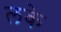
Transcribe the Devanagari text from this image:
लके